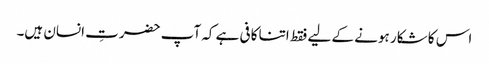
اس کا شکار ہونے کے لیے فقط اتنا کافی ہے کہ آپ حضرتِ انسان ہیں۔